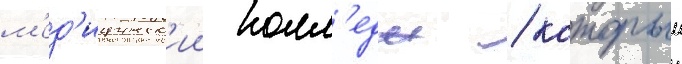
м'ед'ицинск'ии колл'едж / которыи